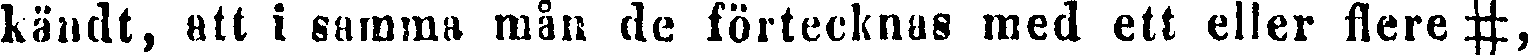
kändt, att i samma mån de förtecknas med ett eller flere #,